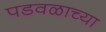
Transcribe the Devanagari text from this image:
पडवळाच्या